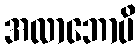
အလာဘောပိ